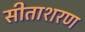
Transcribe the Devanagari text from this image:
सीताशरण